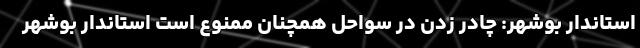
استاندار بوشهر: چادر زدن در سواحل همچنان ممنوع است استاندار بوشهر